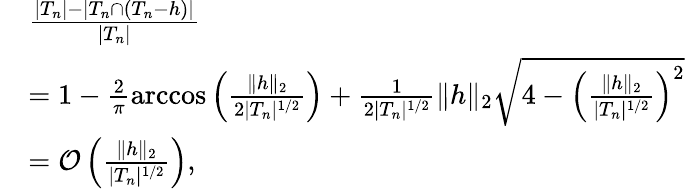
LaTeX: \begin{array}{rl}&{\frac{|T_{n}|-|T_{n}\cap(T_{n}-h)|}{|T_{n}|}}\\ &{=1-\frac{2}{\pi}\operatorname{arccos}\left(\frac{\| h\| _{2}}{2|T_{n}|^{1/2}}\right)+\frac{1}{2|T_{n}|^{1/2}}\| h\| _{2}\sqrt{4-\left(\frac{\| h\| _{2}}{|T_{n}|^{1/2}}\right)^{2}}}\\ &{=\mathcal{O}\left(\frac{\| h\| _{2}}{|T_{n}|^{1/2}}\right),}\end{array}